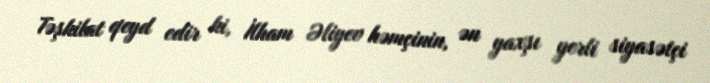
Təşkilat qeyd edir ki, İlham Əliyev həmçinin, ən yaxşı yerli siyasətçi